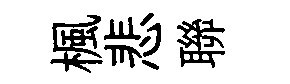
楓悲聯